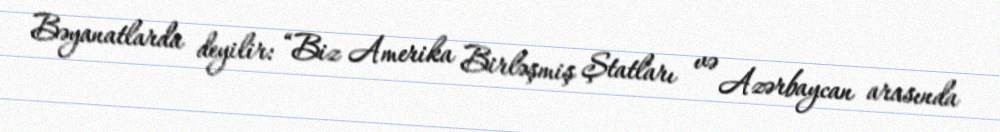
Bəyanatlarda deyilir: “Biz Amerika Birləşmiş Ştatları və Azərbaycan arasında